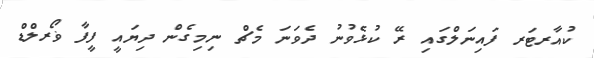
ކުއާރޓަރ ފައިނަލްގައި ރޭ ކުޅެވުނު ދެވަނަ މެޗް ނިމިގެން ދިޔައީ ފީފާ ޥޯރލްޑް